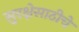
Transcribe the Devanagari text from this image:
सुरक्षेसाठीचे